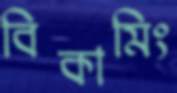
বিকামিং